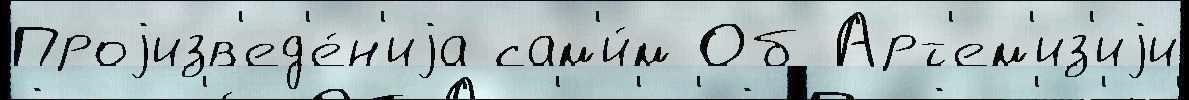
Проjизв'ед'е́н'иjа сам'и́м Об Арт'ем'из'иjи